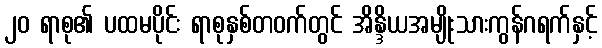
၂၀ ရာစု၏ ပထမပိုင်း ရာစုနှစ်တဝက်တွင် အိန္ဒိယအမျိုးသားကွန်ဂရက်နှင့်